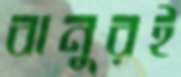
বানুরই